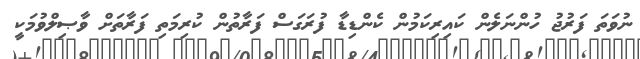
ނުވަތަ ފަރުޖު ހުންނަލެން ކައިރިކަމުން ކެންޑިޑާ ފުރަގަސް ފަރާތުން ކުރިމަތި ފަރާތަށް ވާޞިލްވުމަކީ